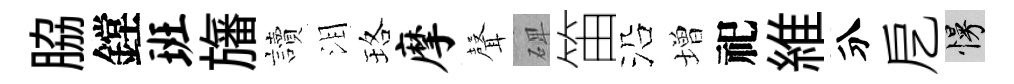
脇鏜班旛讀泪珞摩𮋻𥓓笛沿増祀維分戹慢